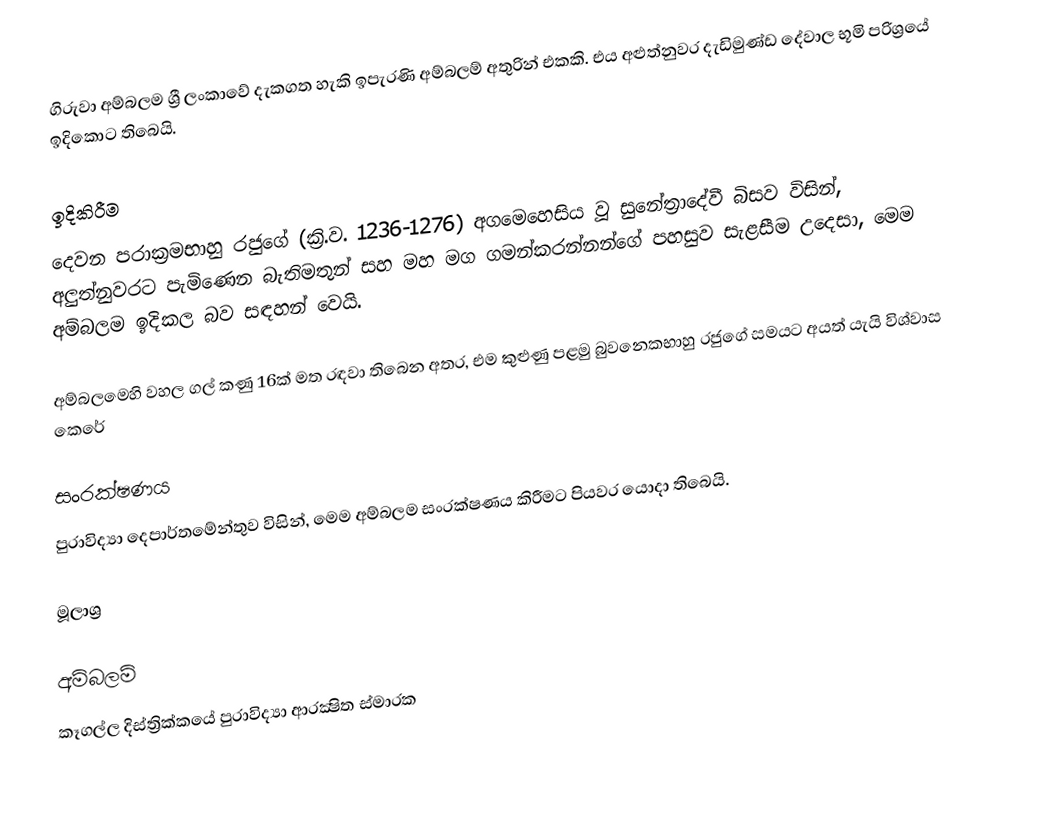
ගිරුවා අම්බලම ශ්‍රී ලංකාවේ දැකගත හැකි ඉපැරණි අම්බලම් අතුරින් එකකි. එය අළුත්නුවර දැඩිමුණ්ඩ දේවාල භූමි පරිශ්‍රයේ ඉදිකොට තිබෙයි.

ඉදිකිරීම
දෙවන පරාක්‍රමභාහු රජුගේ (ක්‍රි.ව. 1236-1276) අගමෙහෙසිය වූ සුනේත්‍රාදේවී බිසව විසින්, අලුත්නුවරට පැමිණෙන බැතිමතුන් සහ මහ මග ගමන්කරන්නන්ගේ පහසුව සැළසීම උදෙසා, මෙම අම්බලම ඉදිකල බව සඳහන් වෙයි.

අම්බලමෙහි වහල ගල් කණු 16ක් මත රඳවා තිබෙන අතර, එම කුළුණු පළමු බුවනෙකභාහු රජුගේ සමයට අයත් යැයි විශ්වාස කෙරේ

සංරක්ෂණය
පුරාවිද්‍යා දෙපාර්තමේන්තුව විසින්, මෙම අම්බලම සංරක්ෂණය කිරීමට පියවර යොදා තිබෙයි.

මූලාශ්‍ර

අම්බලම්
කෑගල්ල දිස්ත්‍රික්කයේ පුරාවිද්‍යා ආරක්‍ෂිත ස්මාරක‎